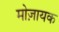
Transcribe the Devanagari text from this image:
मोज़ायक